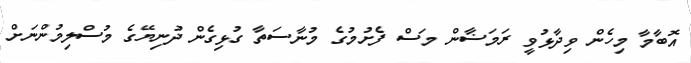
އޮބާމާ މިހެން ވިދާޅުވީ ރަމަޟާން މަސް ފެށުމުގެ މުނާސަތާ ގުޅިގެން ދުނިޔޭގެ މުސްލިމުންނަށް